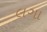
લગા